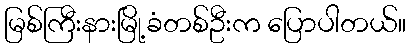
မြစ်ကြီးနားမြို့ခံတစ်ဦးက ပြောပါတယ်။